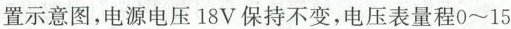
置示意图，电源电压18V保持不变，电压表量程0~15